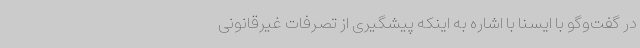
در گفت‌وگو با ایسنا با اشاره به اینکه پیشگیری از تصرفات غیرقانونی